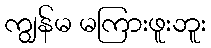
ကျွန်မ မကြားဖူးဘူး